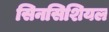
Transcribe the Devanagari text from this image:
सिनसिशियल